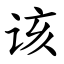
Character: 该